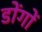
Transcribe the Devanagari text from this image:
डोंगों